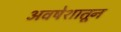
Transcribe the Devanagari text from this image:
अवषेशातून